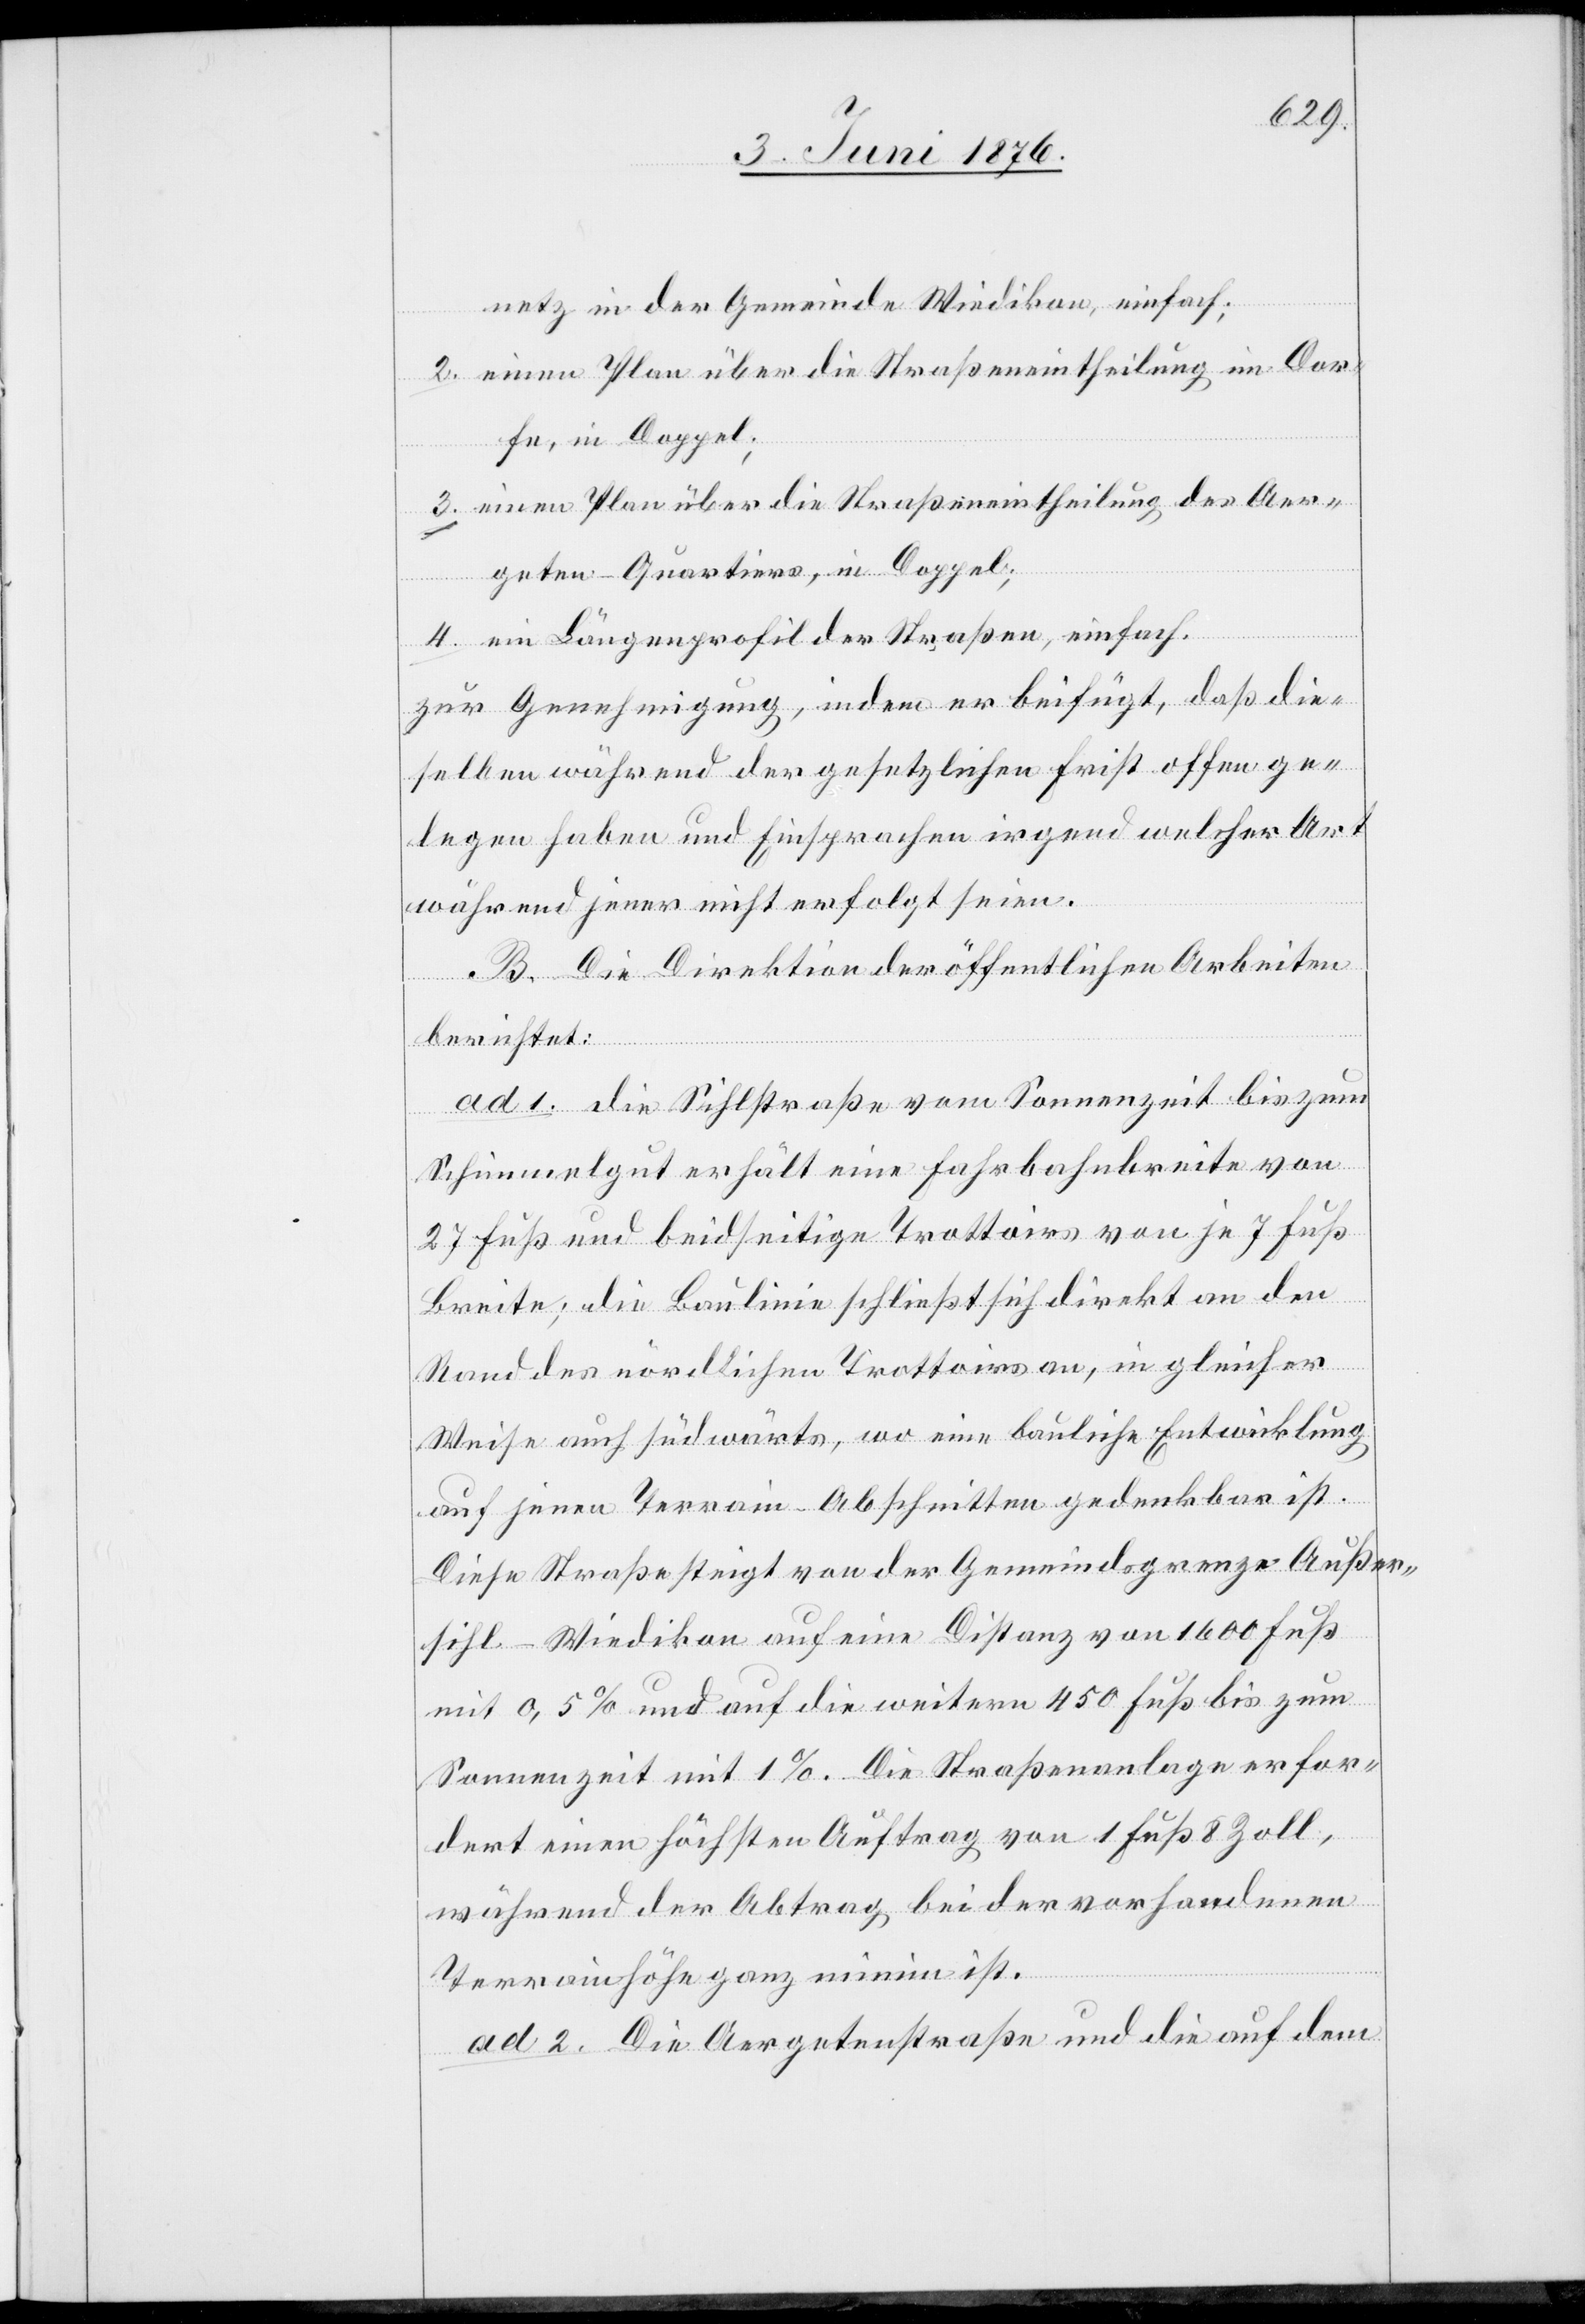
netz in der Gemeinde Wiedikon, einfach;
2. einen Plan über die Straßeneintheilung im Dor¬
fe, in Doppel;
3. einen Plan über die Straßeneintheilung des Aer¬
geten-Quartiers, in Doppel;
4. ein Längenprofil der Straßen, einfach.
zur Genehmigung, indem er beifügt, daß die¬
selben während der gesetzlichen Frist offen ge¬
legen haben und Eisprachen irgend welcher Art
während jener nicht erfolgt seien.
B. Die Direktion der öffentlichen Arbeiten
berichtet:
ad 1. die Sihlstraße vom Sonnenzeit bis zum
Schimmelgut erhält eine Fahrbahnbreite von
27 Fuß und beidseitige Trottoirs von je 7 Fuß
Breite; die Baulinie schließt sich direkt an den
Rand des nördlichen Trottoirs an, in gleicher
Weise auch südwärts, wo eine bauliche Entwicklung
auf jenen Terrain-Abschnitten gedenkbar ist.
Diese Straße steigt von der Gemeindsgrenze Außer¬
sihl–Wiedikon auf eine Distanz von 1600 Fuß
mit 0,5 % und auf die weitern 450 Fuß bis zum
Sommerzeit mit 1 %. Die Straßenanlage erfor¬
dert einen höchsten Auftrag von 1 Fuß 8 Zoll,
während der Abtrag bei der vorhandenen
Terrainhöhe minim ist.
ad 2. Die Aergetenstraße und die auf dem